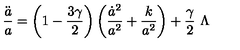
\frac { \ddot { a } } { a } = \left( 1 - \frac { 3 \gamma } { 2 } \right) \left( \frac { \dot { a } ^ { 2 } } { a ^ { 2 } } + \frac { k } { a ^ { 2 } } \right) + \frac { \gamma } { 2 } \ \Lambda